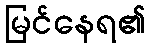
မြင်နေရ၏